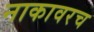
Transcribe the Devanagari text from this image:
नाकावरच